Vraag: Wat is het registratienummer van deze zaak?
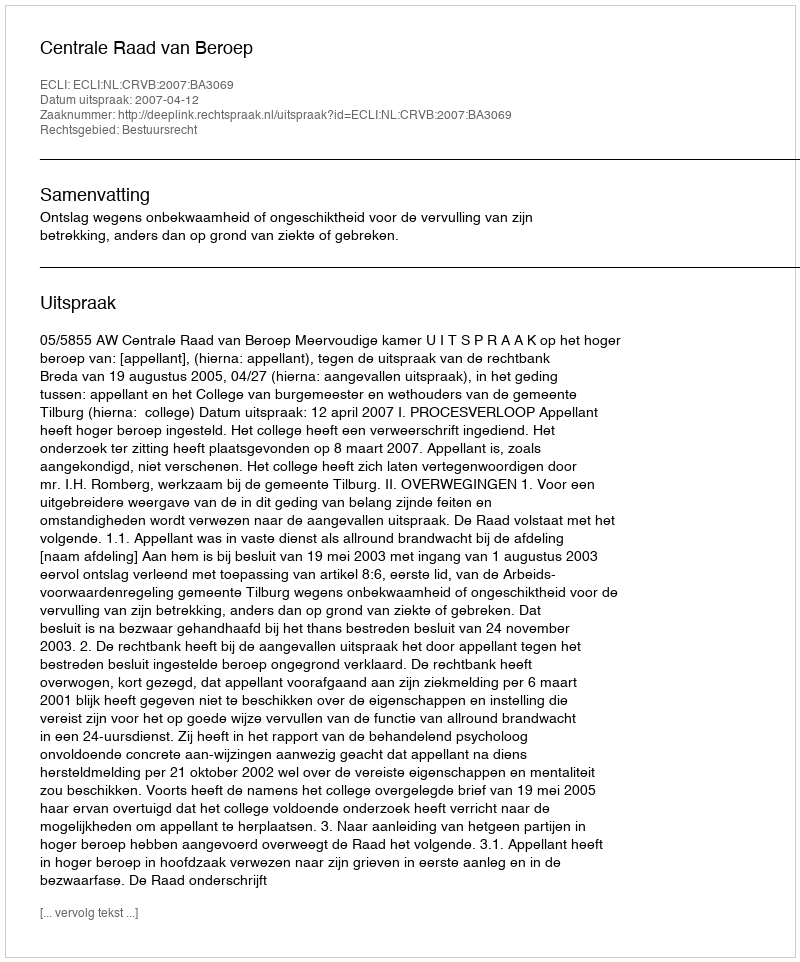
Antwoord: http://deeplink.rechtspraak.nl/uitspraak?id=ECLI:NL:CRVB:2007:BA3069